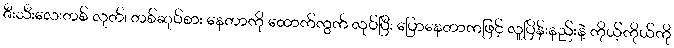
ဇီးသီးလေးတစ် လုတ်၊ တစ်ဆုပ်စား နေတာကို ထောက်ကွက် လုပ်ပြီး ပြောနေတာကဖြင့် လူပြိန်းနည်းနဲ့ ကိုယ့်ကိုယ်ကို